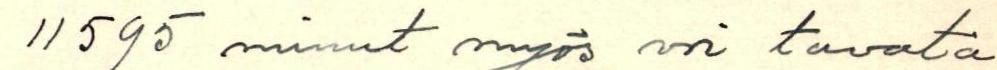
11595 minut myös voi tavata